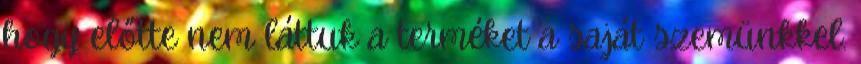
hogy előtte nem láttuk a terméket a saját szemünkkel.